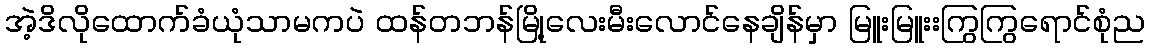
အဲ့ဒိလိုထောက်ခံယုံသာမကပဲ ထန်တဘန်မြို့လေးမီးလောင်နေချိန်မှာ မြူးမြူးးကြွကြွရောင်စုံည